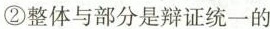
②整体与部分是辩证统一的